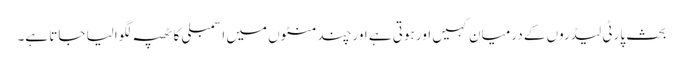
بحث پارٹی لیڈروں کے درمیان کہیں اور ہوتی ہے اور چند منٹوں میں اسمبلی کا ٹھپہ لگوالیا جاتا ہے۔